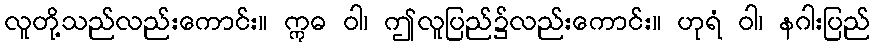
လူတို့သည်လည်းကောင်း။ ဣဓ ဝါ၊ ဤလူပြည်၌လည်းကောင်း။ ဟုရံ ဝါ၊ နဂါးပြည်